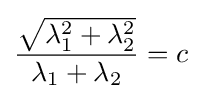
{\frac {\sqrt {\lambda _{1}^{2}+\lambda _{2}^{2}}}{\lambda _{1}+\lambda _{2}}}=c